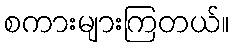
စကားများကြတယ်။